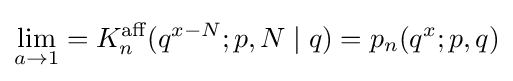
\lim _{a\to 1}=K_{n}^{\text{aff}}(q^{x-N};p,N\mid q)=p_{n}(q^{x};p,q)